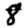
Digit: 8